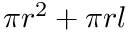
\pi r ^ { 2 } + \pi r l